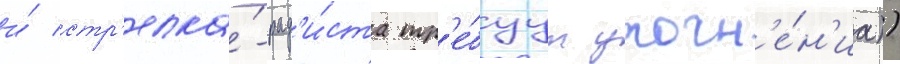
и́ стр'елка́-рад'и́ста тр'е́буут уточн'е́н'иа))